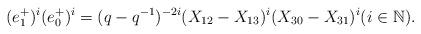
LaTeX: \begin{align*}(e_1^+)^i(e_0^+)^i=(q-q^{-1})^{-2i}(X_{12}-X_{13})^i(X_{30}-X_{31})^i (i\in\mathbb{N}).\end{align*}